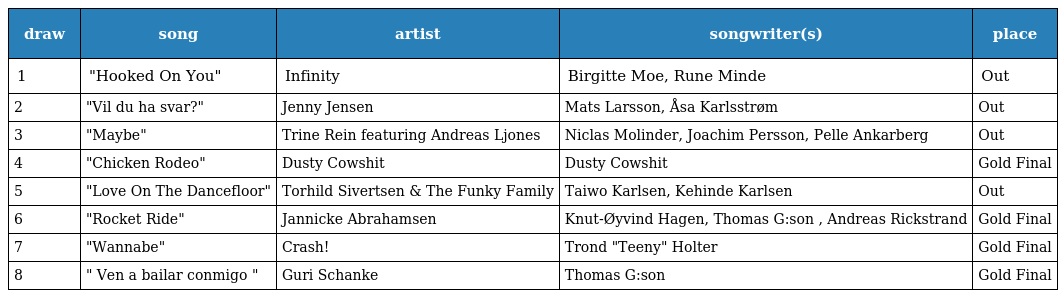
| draw | song | artist | songwriter(s) | place |
 | --- | --- | --- | --- | --- |
 | 1 | "Hooked On You" | Infinity | Birgitte Moe, Rune Minde | Out |
 | 2 | "Vil du ha svar?" | Jenny Jensen | Mats Larsson, Åsa Karlsstrøm | Out |
 | 3 | "Maybe" | Trine Rein featuring Andreas Ljones | Niclas Molinder, Joachim Persson, Pelle Ankarberg | Out |
 | 4 | "Chicken Rodeo" | Dusty Cowshit | Dusty Cowshit | Gold Final |
 | 5 | "Love On The Dancefloor" | Torhild Sivertsen & The Funky Family | Taiwo Karlsen, Kehinde Karlsen | Out |
 | 6 | "Rocket Ride" | Jannicke Abrahamsen | Knut-Øyvind Hagen, Thomas G:son , Andreas Rickstrand | Gold Final |
 | 7 | "Wannabe" | Crash! | Trond "Teeny" Holter | Gold Final |
 | 8 | " Ven a bailar conmigo " | Guri Schanke | Thomas G:son | Gold Final |